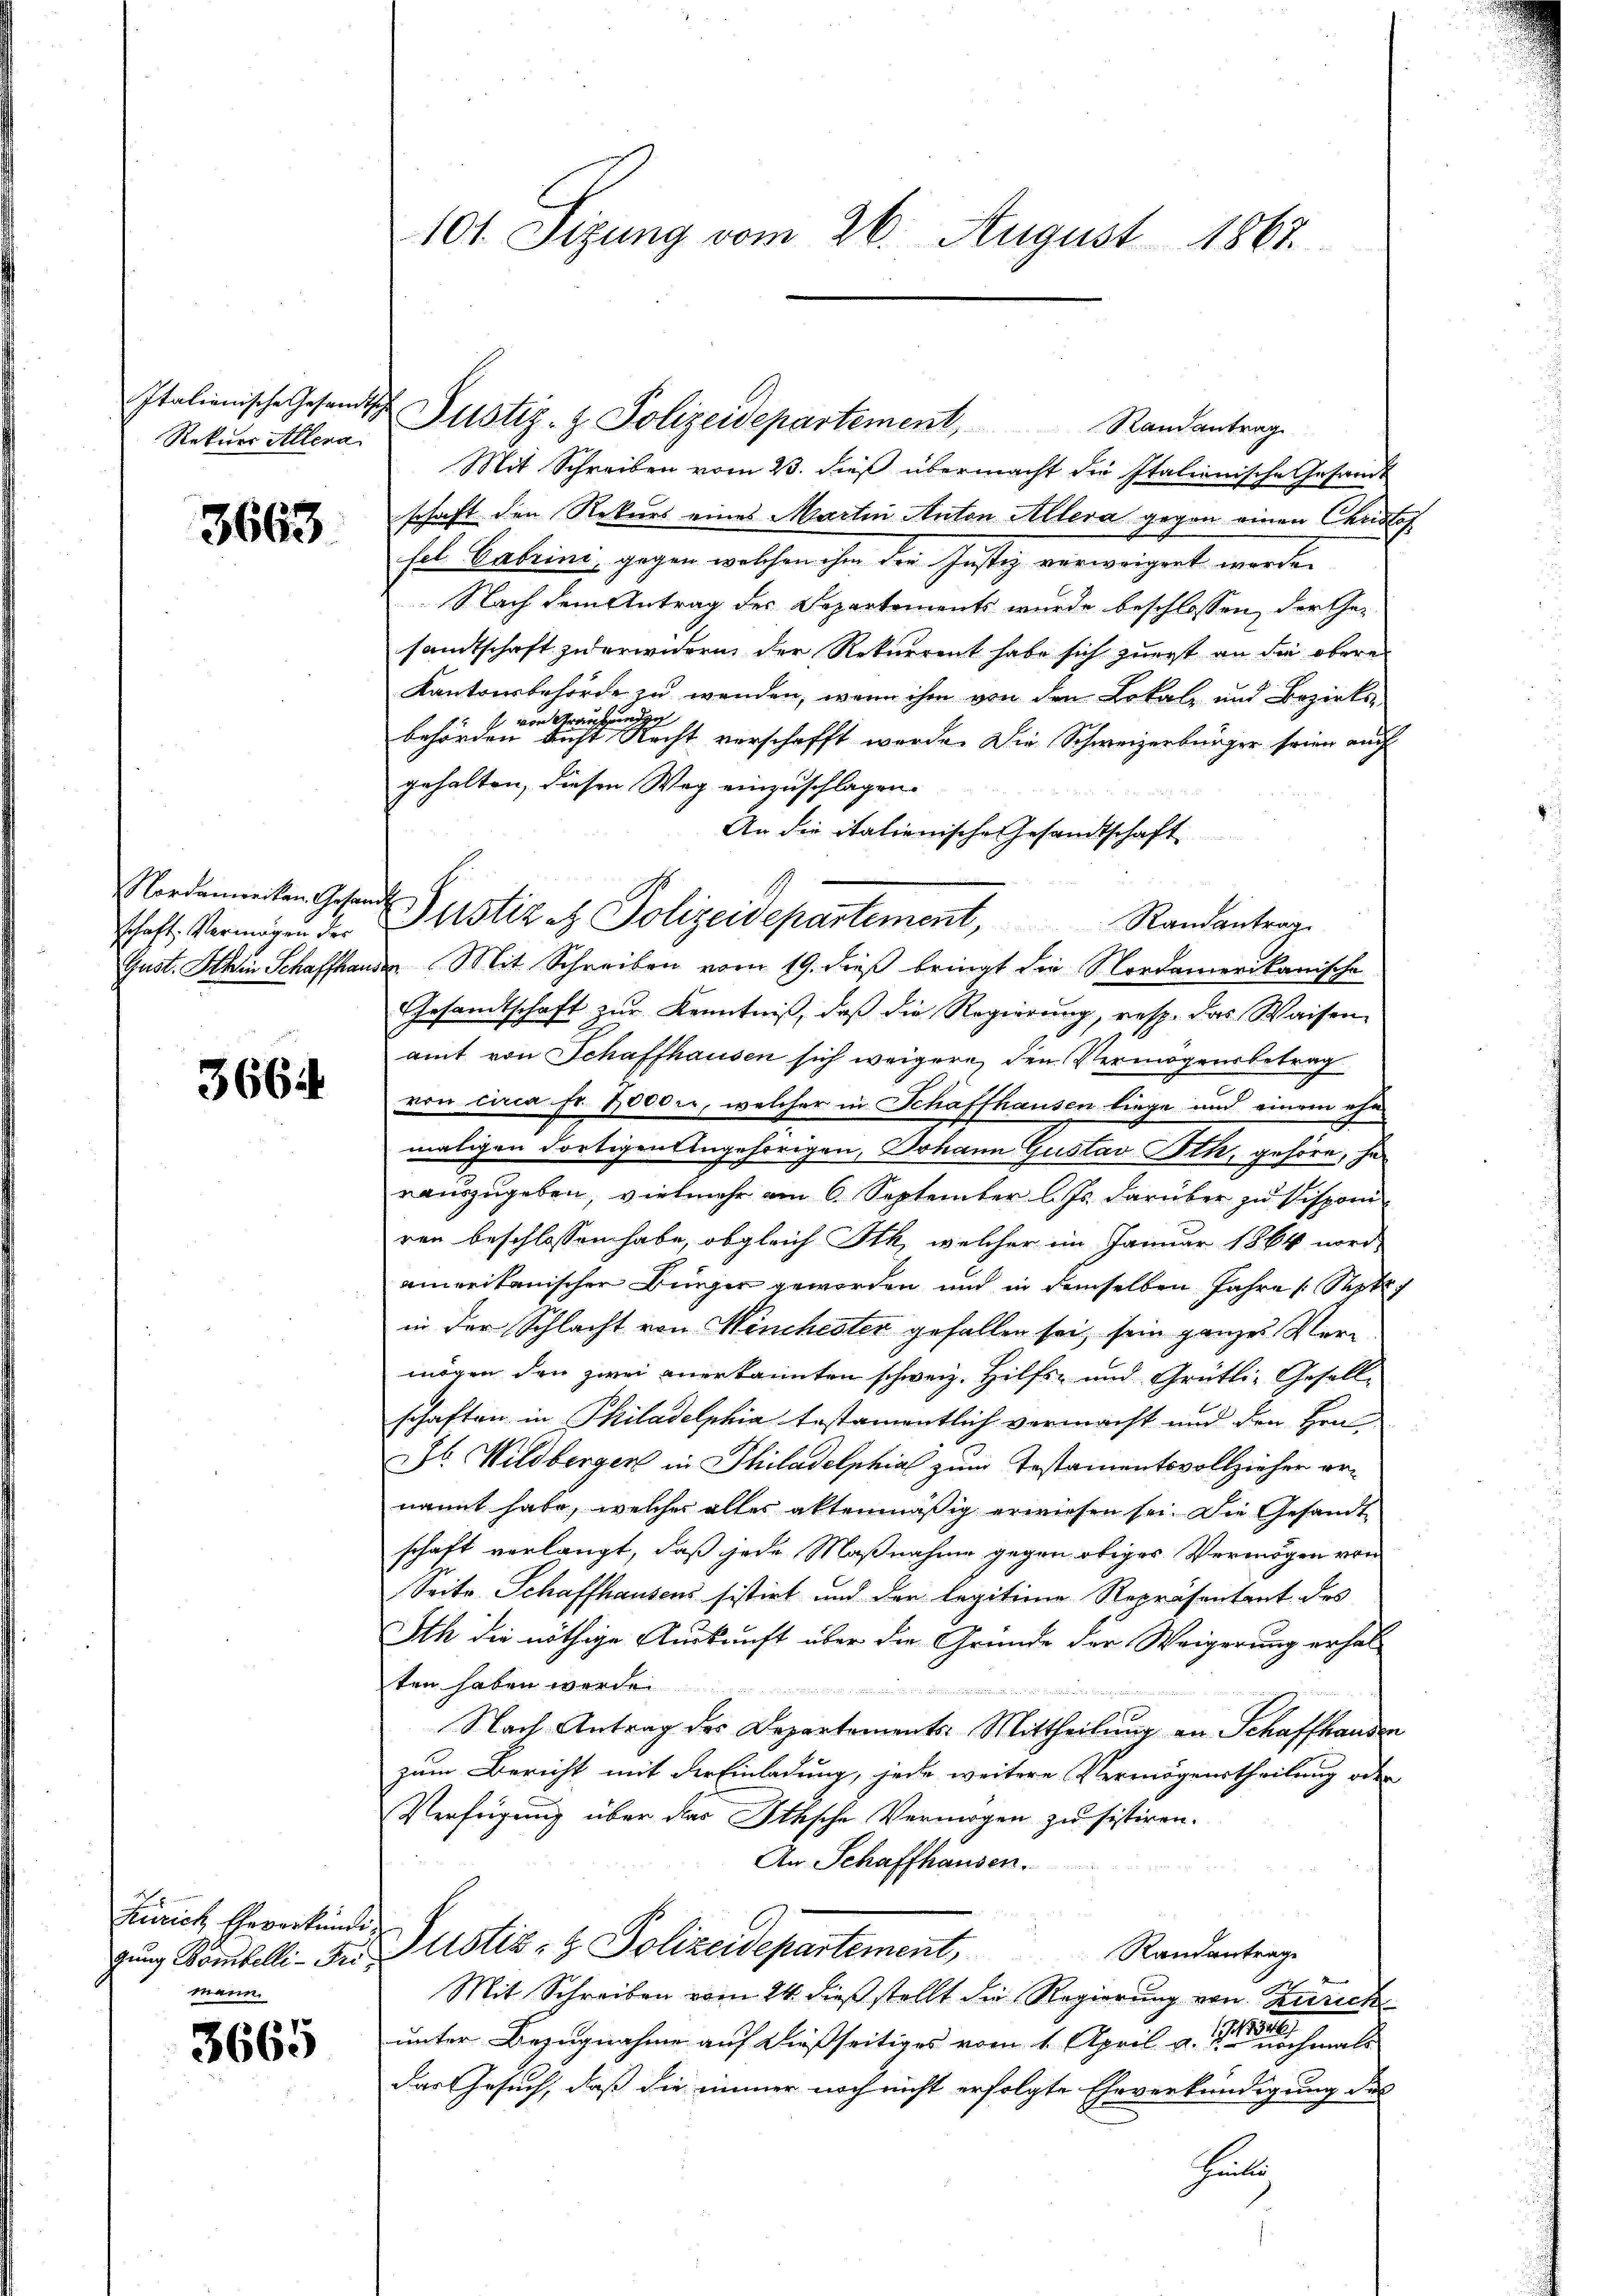
Rekurr Allera.

3663

schaft Vermögen der

3664

Zürich Eheverkünde.
mann.

3665

101 Sizung vom 26. August 1867.

Italienische Gesandts Justiz- & Polizeidepartement, Randantrag

Mit Schreiben vom 23. dieß übermacht die Italienische Gesandt
schaft den Rekurs eines Martin Anton Allera gegen einen Christof
fel. Gabrini, gegen welchen ihm die Justiz verweigert worden
Nach dem Antrag des Departements wurde beschlossen der Ge-
sandtschaft zu erwidern, der Rekurrent habe sich zuerst an die obere
Kantonsbehörde zu wenden, wenn ihm von den Lokale und Bezirksvon Grund
12
behörden nicht Recht verschafft werde. Die Schweizerbürger seien auch
gehalten, diesen Weg einzuschlagen.
An die italienische Gesandtschaft
berdamenten Gesand Sistik et Polizeidepartement,
Randantrag
Gust. Ithen Schaffhause. Mit Schreiben vom 19. dieß bringt die Nordamerikanische
Gesandtschaft zur Kenntniß, daß die Regierung, resp. das Waisen
amt von Schaffhausen sich weigere, den Vermögensbetrag
von circa Fr. 1000., welcher in Schaffhausen liege und einem ehe
maligen dortigen Angehörigen, Johann Gustav Ith, gehöre, harauszugeben, vielmehr am 6. September l. Js. darüber zu Disponi
ren beschlossen habe, obgleich Ith, welcher im Januar 1864 nord-
anweitanischen Binger geworden und in demselben Jahre Septe
in der Schlacht von Winchester gefallen sei, sein ganzes Vermögen den zwei anerkannten schweiz. Hilfs- und Grütli-Geselle
schaften, in Philadelphia testamentlich vermacht und den Hrn.
Dr. Wildberger in Philadelphial zum Testamentsvollzieher ernannt habe, welche alles aktenmäßig erwiesen sei. Die Gesandt
schaft verlangt, daß jede Maßnahme gegen obiges Vermögen von
Seite Schaffhausens sistirt und der legitime Repräsentant des
Sth die nöthige Auskunft über die Gründe der Weigerung erhalten haben werde.
Nach Antrag des Departements-Mittheilung an Schaffhausen
zum Bericht mit der Einladung, jede weitere Vermögenstheilung oder
Verfügung über das Ithsche Vermögen zu sistiren.
An Schaffhausen.
Randantrage
gung Bombelli - Der Justiz- & Polizeidepartement,
Mit Schreiben vom 24. dieß stellt die Regierung von Zürich
unter Bezugnahme auf dießseitiges vom 1. April a. ehemals
Das Gesuch, daß die immer noch nicht erfolgte Eheverkündigung des
Heite